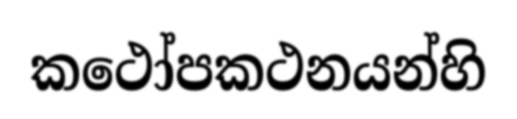
කථෝපකථනයන්හි